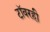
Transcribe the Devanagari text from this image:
टॉवरही